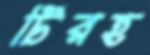
টিরহ